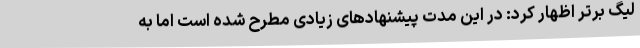
لیگ برتر اظهار کرد: در این مدت پیشنهادهای زیادی مطرح شده است اما به